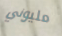
مليوني